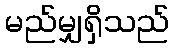
မည်မျှရှိသည်